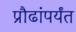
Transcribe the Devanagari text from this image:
प्रौढांपर्यंत